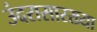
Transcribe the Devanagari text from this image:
उंदरासारख्या